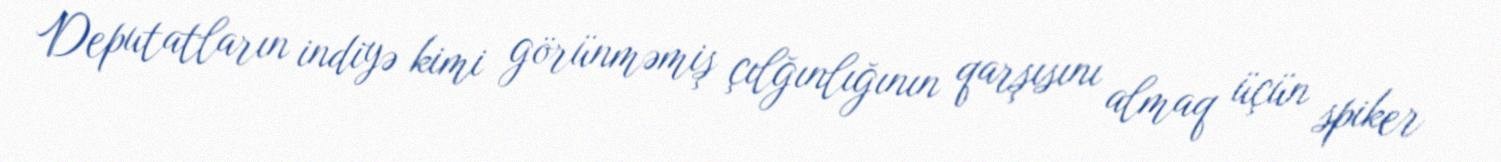
Deputatların indiyə kimi görünməmiş çılğınlığının qarşısını almaq üçün spiker